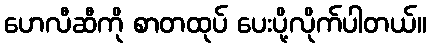
ဟေလီဆီကို စာတထုပ် ပေးပို့လိုက်ပါတယ်။